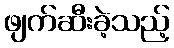
ဖျက်ဆီးခဲ့သည့်